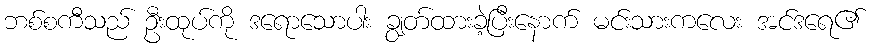
ဘစ်စကီသည် ဦးထုပ်ကို ဒရောသောပါး ချွတ်ထားခဲ့ပြီးနောက် မင်းသားကလေး အင်ဒရေ၏